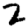
Digit: 2